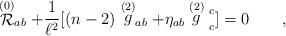
\begin{align*}\stackrel {(0)} {\cal{R}}_{ a b} + {1\over{\ell^2}} [(n-2)\stackrel {(2)}g_{ a b} + \eta _{ a b} \stackrel {(2)}g \strut _{ c}^{ c}] = 0 \qquad ,\end{align*}